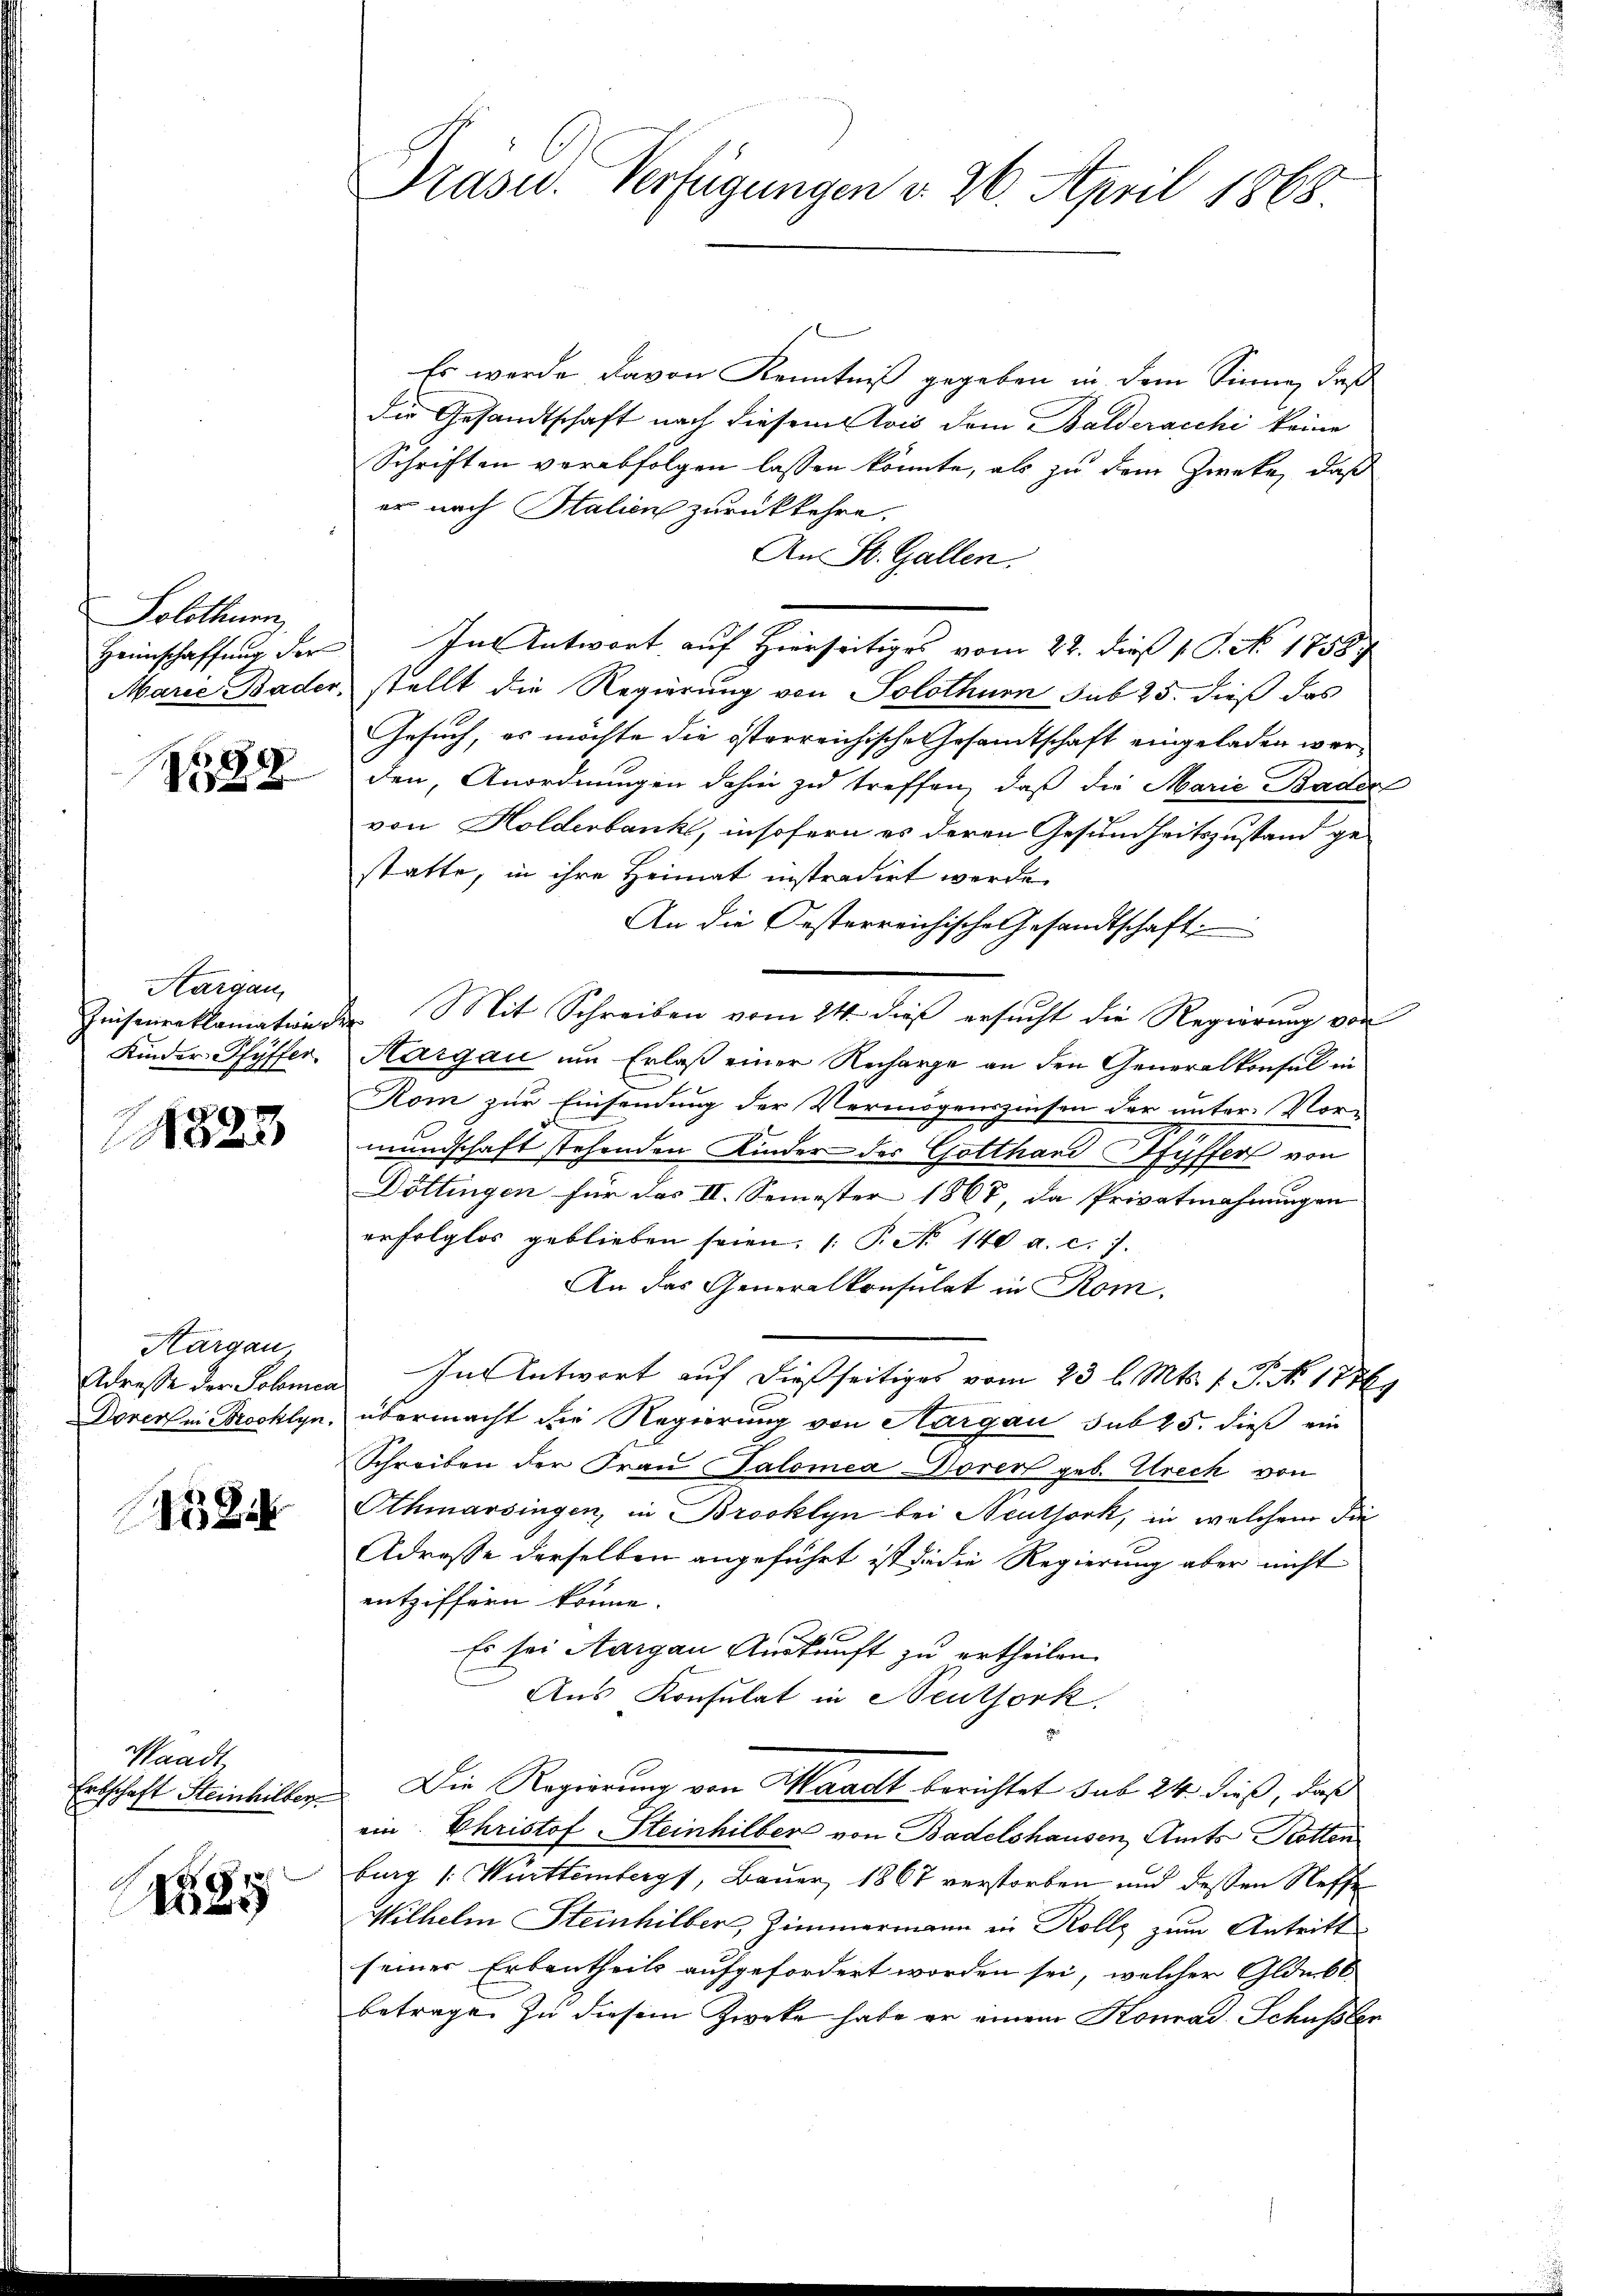
Solothurn,
Heimschaffung der
Marie Bader

88

Aargau,
Peisenreklamation
Kinder-Pfyffer

1823

Kargau
Adresse der Solomes
Dorers in Brooklyn.

158.

Waadt,
Erbschaft Steinhilber

525

Präsid. Verfügungen d. 26. April 1868

Es werde davon Kenntniß gegeben in dem Sinne, daß
die Gesandtschaft nach diesem lois dem Balderacchi keine
Schriften verabfolgen lassen könnte, als zu dem Zweke, daß
er nach Italien zurückkehre.
An St. Gallen.
In Antwort auf Hierseitiges vom 22. dieß P. G. No. 17587
stellt die Regierung von Solothurn sub 25. dieß das
Gesuch, es möchte die österreichische Gesandtschaft eingeladen werden, Anordnungen dahin zu treffen, daß die Marie Baden
von Holderbank, insofern es deren Gesundheitszustand gestatte, in ihre Heimat instradirt werde
An die Oesterreichische Gesandtschaft
Mit Schreiben vom 24. dieß ersucht die Regierung von
h
Hargau um Erlaß einer Recharge an den Generalkonsul in
Kom zur Einsendung der Vermögenszinsen der unter Vor-
mundschaft stehenden Kinder der Gotthand Pfyffert von
Döttingen für das II. Semester 1868, da Privatmahnungen
erfolglos geblieben seien. 1. P. No 140 a. c. 7.
An das Generalkonsulat in Rom.
In Antwort auf dießseitiges vom 23 l. Mts. 1. P. No. 1786.
übermacht die Regierung von Aargau sub 25. dieß ein
Schreiben der Frau Salomea Woren geb. Utrech von
Othmarsingen, in Brooklyn bei Neuthork, in welchem die
Adresse derselben angeführt ist die die Regierung aber nicht
entziffern könne.
Es sei Aargau Auskunft zu ertheilen.
Aus Konsulat in Neuthork.
Die Regierung von Waadt berichtet sub 24 dieß, daß
ein. Christof-Steinhilber von Badelshausen Amts Ketten
burg 1. Württemberg, Bauer, 1867 verstorben und dessen Neffe
Wilhelm Steinhilber, Zimmermann in Rolls zum Antritt
seiner Erbentheils aufgefordert worden sei, welcher Glaubt
betrage. Zu diesem Zweke habe er einem Konrad Schüssler